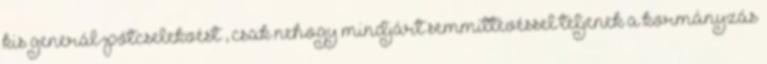
kis generál-pót­cselekvést”, csak nehogy mindjárt semmittevéssel teljenek a kor­mányzás